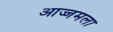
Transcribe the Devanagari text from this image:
आज्जमला